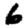
Digit: 6